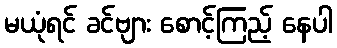
မယုံရင် ခင်ဗျား စောင့်ကြည့် နေပါ